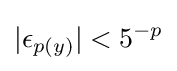
|\epsilon _{p(y)}|<5^{-p}